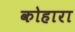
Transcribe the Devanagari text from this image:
कोहारा